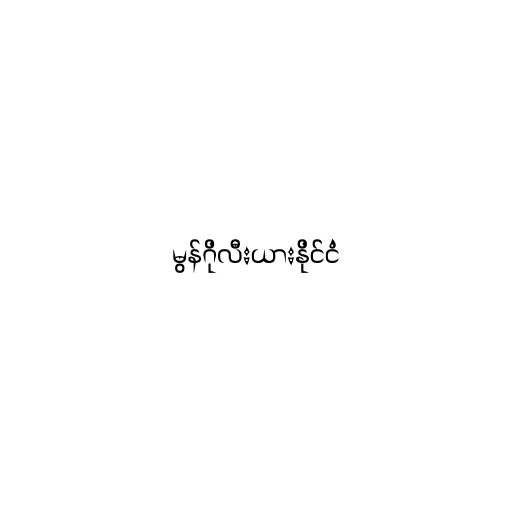
မွန်ဂိုလီးယားနိုင်ငံ